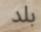
بلد